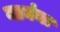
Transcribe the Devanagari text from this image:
नाघंना